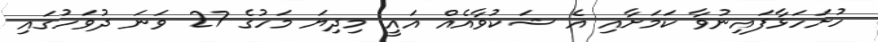
ހުށަހަޅާފައިނުވާ ކަމަށާއި އެ ޝަކުވާއެއް އައީ މިދިޔަ މަހުގެ 27 ވަނަ ދުވަހުގައި